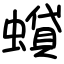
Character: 蟘